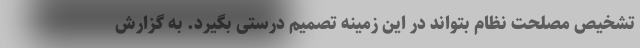
تشخیص مصلحت نظام بتواند در این زمینه تصمیم درستی بگیرد. به گزارش